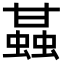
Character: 䗣